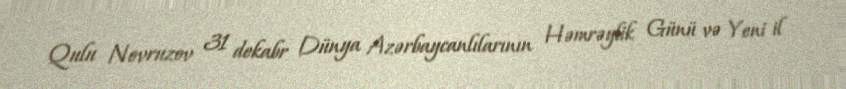
Qulu Novruzov 31 dekabr Dünya Azərbaycanlılarının Həmrəylik Günü və Yeni il